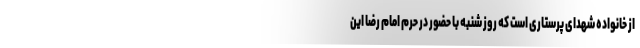
از خانواده شهدای پرستاری است که روز شنبه با حضور در حرم امام رضا این